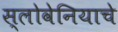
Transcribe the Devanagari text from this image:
स्लोवेनियाचे